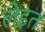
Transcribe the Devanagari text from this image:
लेइत